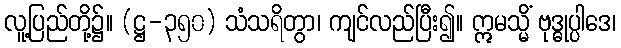
လူ့ပြည်တို့၌။ (ဋ္ဌ-၃၅၀) သံသရိတွာ၊ ကျင်လည်ပြီး၍။ ဣမသ္မိံ ဗုဒ္ဓုပ္ပါဒေ၊